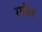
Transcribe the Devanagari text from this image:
रसौत